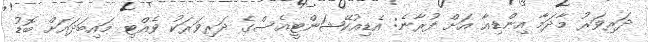
ދަރިވަރު މާދަމާ އިންޑިއާ އަށް ފުރާނެ: އެޑިއުކޭޝަންޓީއެސްގެ ދަރިވަރަކު ވެއްޓި މައިބަދައަށް ބޮޑު